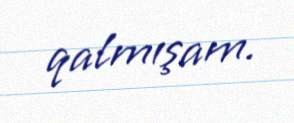
qalmışam.